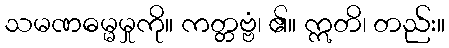
သမဏဓမ္မမှုကို။ ကတ္တဗ္ဗံ၊ ၏။ ဣတိ၊ တည်း။